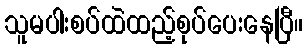
သူမပါးစပ်ထဲထည့်စုပ်ပေးနေပြီ။